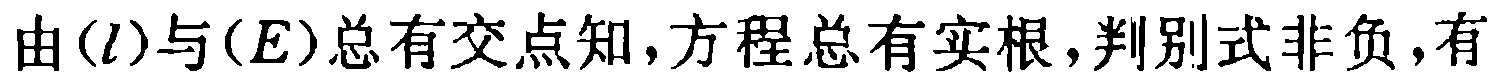
由\((l)\)与\((E)\)总有交点知，方程总有实根，判别式非负，有